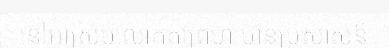
នៅអាស្រមលោកតាព្រហ្ម មានប្រសាសន៍